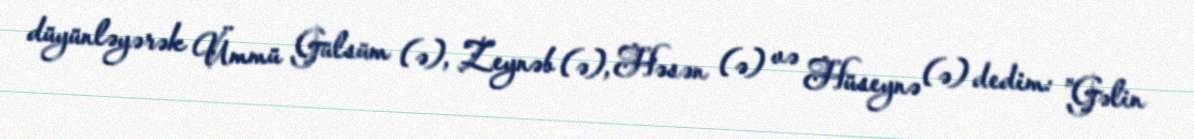
düyünləyərək Ümmü Gülsüm (ə), Zeynəb (ə), Həsən (ə) və Hüseynə (ə) dedim: ”Gəlin